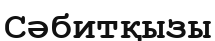
Сәбитқызы